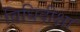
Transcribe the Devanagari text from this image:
विधिदीक्षा